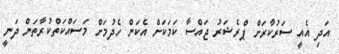
އަދި އެއީ ސަރުކާރަށް ޕްރެޝަރު ޖައްސާ ކަމަކަށް އެކަން ހެދުމަށް މަސައްކަތްކުރާތަން ދަނީ